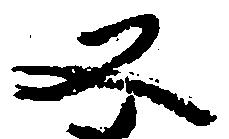
又